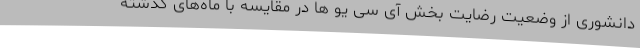
دانشوری از وضعیت رضایت بخش آی سی یو ها در مقایسه با ماه‌های گذشته